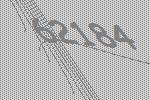
62184